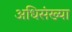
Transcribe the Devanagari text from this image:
अधिसंख्या